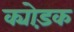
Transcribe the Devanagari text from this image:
क्योड़क